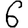
Digit: 6